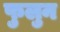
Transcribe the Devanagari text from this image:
फुलुन